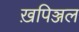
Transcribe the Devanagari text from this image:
ख़पिञ्जल